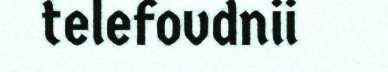
telefovdnii